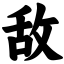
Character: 敌